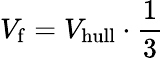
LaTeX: V_{\mathrm{f}}=V_{\mathrm{hull}}\cdot\frac{1}{3}